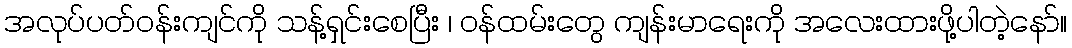
အလုပ်ပတ်ဝန်းကျင်ကို သန့်ရှင်းစေပြီး ၊ ဝန်ထမ်းတွေ ကျန်းမာရေးကို အလေးထားဖို့ပါတဲ့နော်။